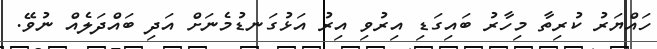
ހައްޔަރު ކުރިތާ މިހާރު ބައިގަޑި އިރުވި އިރު އަޅުގަނޑުމެނަށް އަދި ބައްދަލެއް ނުވޭ.